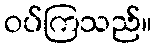
ဝပ်ကြသည်။